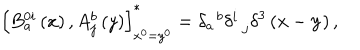
LaTeX: \left[ B _ { a } ^ { 0 i } \left( x \right) , A _ { j } ^ { b } \left( y \right) \right] _ { x ^ { 0 } = y ^ { 0 } } ^ { * } = \delta _ { a } ^ { \; \; b } \delta _ { \; \; j } ^ { i } \delta ^ { 3 } \left( \mathbf { x } - \mathbf { y } \right) ,